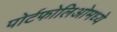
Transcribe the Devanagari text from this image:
पोर्टफोलिओमध्ये